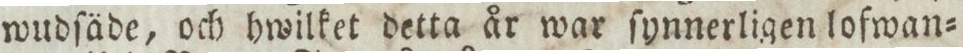
wudſäde, och hwilket detta år war ſynnerligen lofwan=